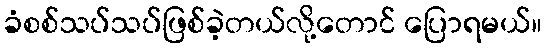
ခံစစ်သပ်သပ်ဖြစ်ခဲ့တယ်လို့တောင် ပြောရမယ်။